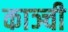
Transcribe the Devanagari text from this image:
काञ्ची